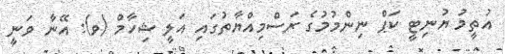
އުތީމު ޔުނިޓީ ކަޕް ނިންމުމުގެ ރަސްމިއްޔާތުގައި އަލީ ޝިހާމް (ވ): އޭނާ ވަނީ